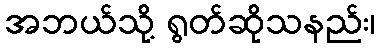
အဘယ်သို့ ရွတ်ဆိုသနည်း၊